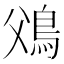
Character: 𩾿